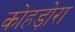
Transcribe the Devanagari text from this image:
कोहड़ोरा